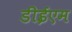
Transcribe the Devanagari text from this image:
डीईएम